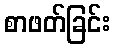
စာဖတ်ခြင်း